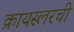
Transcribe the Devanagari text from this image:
क्रायस्लरची